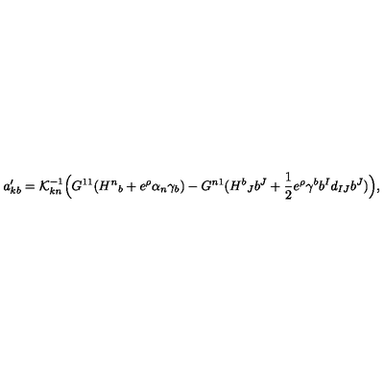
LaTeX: a _ { k b } ^ { \prime } = { \cal K } _ { k n } ^ { - 1 } \Bigl ( G ^ { 1 1 } ( { H ^ { n } } _ { b } + e ^ { \rho } \alpha _ { n } \gamma _ { b } ) - G ^ { n 1 } ( { H ^ { b } } _ { J } b ^ { J } + { \frac { 1 } { 2 } } e ^ { \rho } \gamma ^ { b } b ^ { I } d _ { I J } b ^ { J } ) \Bigr ) ,